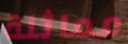
مماثلة